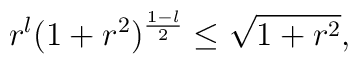
r^l (1+r^2)^{{1-l\over 2}} \leq \sqrt{1+r^2},